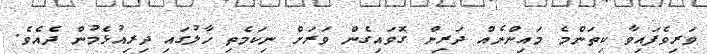
ވަރިވެފައިވާ ކިތަންމެ މައިންނެއް ދަރިން ގޮވައިގެން ވަރަށް ނިކަމެތި ހާލުގައި ދިރިއުޅެމުން ދެއެވެ.